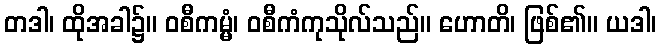
တဒါ၊ ထိုအခါ၌။ ဝစီကမ္မံ၊ ဝစီကံကုသိုလ်သည်။ ဟောတိ၊ ဖြစ်၏။ ယဒါ၊